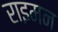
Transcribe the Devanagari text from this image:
राइमन